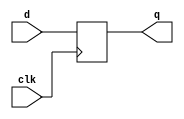
//-------------------------------------------------------------------------
// Design     : posedgeclk_noreset_dff
// Descrition : posedge clk, no reset d-flip flop
// Revision   : 1.0
//-------------------------------------------------------------------------
module posedgeclk_noreset_dff (
  input clk,
  input  d,
  output reg q);

always @(posedge clk)
  begin
     q <= d;
  end
endmodule